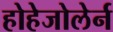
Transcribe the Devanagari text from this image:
होहेजोलेर्न